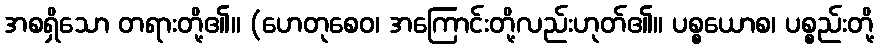
အစရှိသော တရားတို့၏။ (ဟေတုစေဝ၊ အကြောင်းတို့လည်းဟုတ်၏။ ပစ္စယောစ၊ ပစ္စည်းတို့